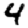
Digit: 4